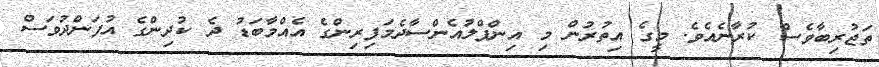
ތަޖުރިބާވެސް ކުރާނެއެވެ. މީގެ އިތުރުން މި އިންފްލުއެންސާދެމަފިރިންގެ އެއްމާބަޑު ދެ ކުދިންގެ އުފަންދުވަސް